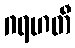
ဂရဟတီ